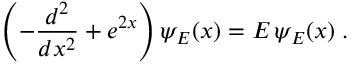
\left( - \frac { d ^ { 2 } } { d x ^ { 2 } } + e ^ { 2 x } \right) \psi _ { E } ( x ) = E \, \psi _ { E } ( x ) \; .